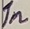
Text: 1n